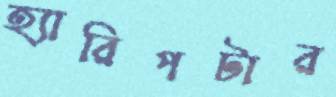
হ্যারিপটার